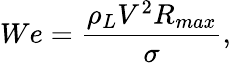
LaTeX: We={\frac{\rho_{L}V^{2}R_{max}}{\sigma}},